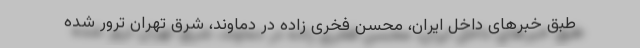
طبق خبرهای داخل ایران، محسن فخری زاده در دماوند، شرق تهران ترور شده